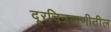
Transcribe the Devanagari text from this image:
दूरचित्रवाणीतील